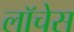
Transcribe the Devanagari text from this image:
लॉचेस